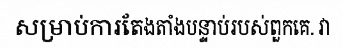
សម្រាប់ការតែងតាំងបន្ទាប់របស់ពួកគេ. វា